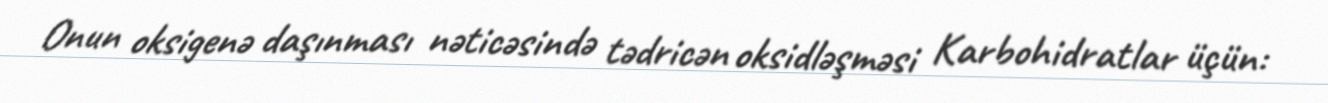
Onun oksigenə daşınması nəticəsində tədricən oksidləşməsi Karbohidratlar üçün: